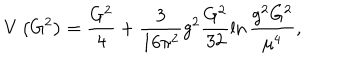
V \left( G ^ { 2 } \right) = \frac { G ^ { 2 } } 4 + \frac 3 { 1 6 \pi ^ { 2 } } g ^ { 2 } \frac { G ^ { 2 } } { 3 2 } \ln \frac { g ^ { 2 } G ^ { 2 } } { \mu ^ { 4 } } ,